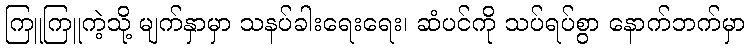
ကြူကြူကဲ့သို့ မျက်နှာမှာ သနပ်ခါးရေးရေး၊ ဆံပင်ကို သပ်ရပ်စွာ နောက်ဘက်မှာ